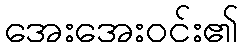
အေးအေးဝင်း၏